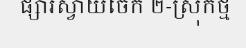
ផ្សារស្វាយចេក ២-ស្រុកថ្ម